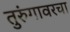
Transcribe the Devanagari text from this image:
तुरुंगावरचा